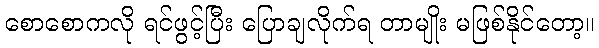
စောစောကလို ရင်ဖွင့်ပြီး ပြောချလိုက်ရ တာမျိုး မဖြစ်နိုင်တော့။